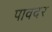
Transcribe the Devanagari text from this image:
पावदर